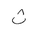
Letter: _tha